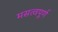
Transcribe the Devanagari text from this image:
मसत्वपूर्ण